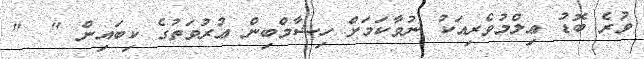
ވުރެ ބޮޑު ޢިލްމުވެރިއަކު ނުވާކަމަށް ހިޝާމްބިން ޢުރުވަތުގެ ކިބައިން "  "